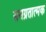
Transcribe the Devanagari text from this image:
समग्रतात्मक